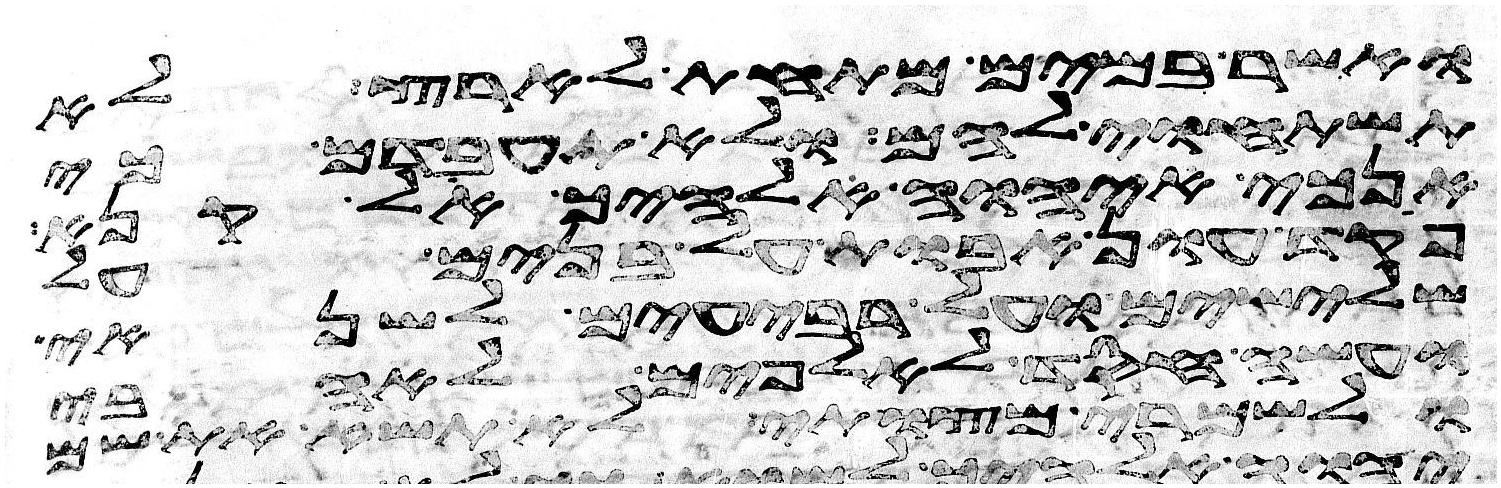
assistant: ואשר במים מתחת לארץ לא
תשתחוה להם ולא תעבדם כי
אנכי יהוה אלהיך אל קנא
פקד עון אבות על בנים על
שלישים ועל רביעים לשנאי
ועשה חסד לאלפים לאהבי
ולשמרי מצותי לא תשא את שם